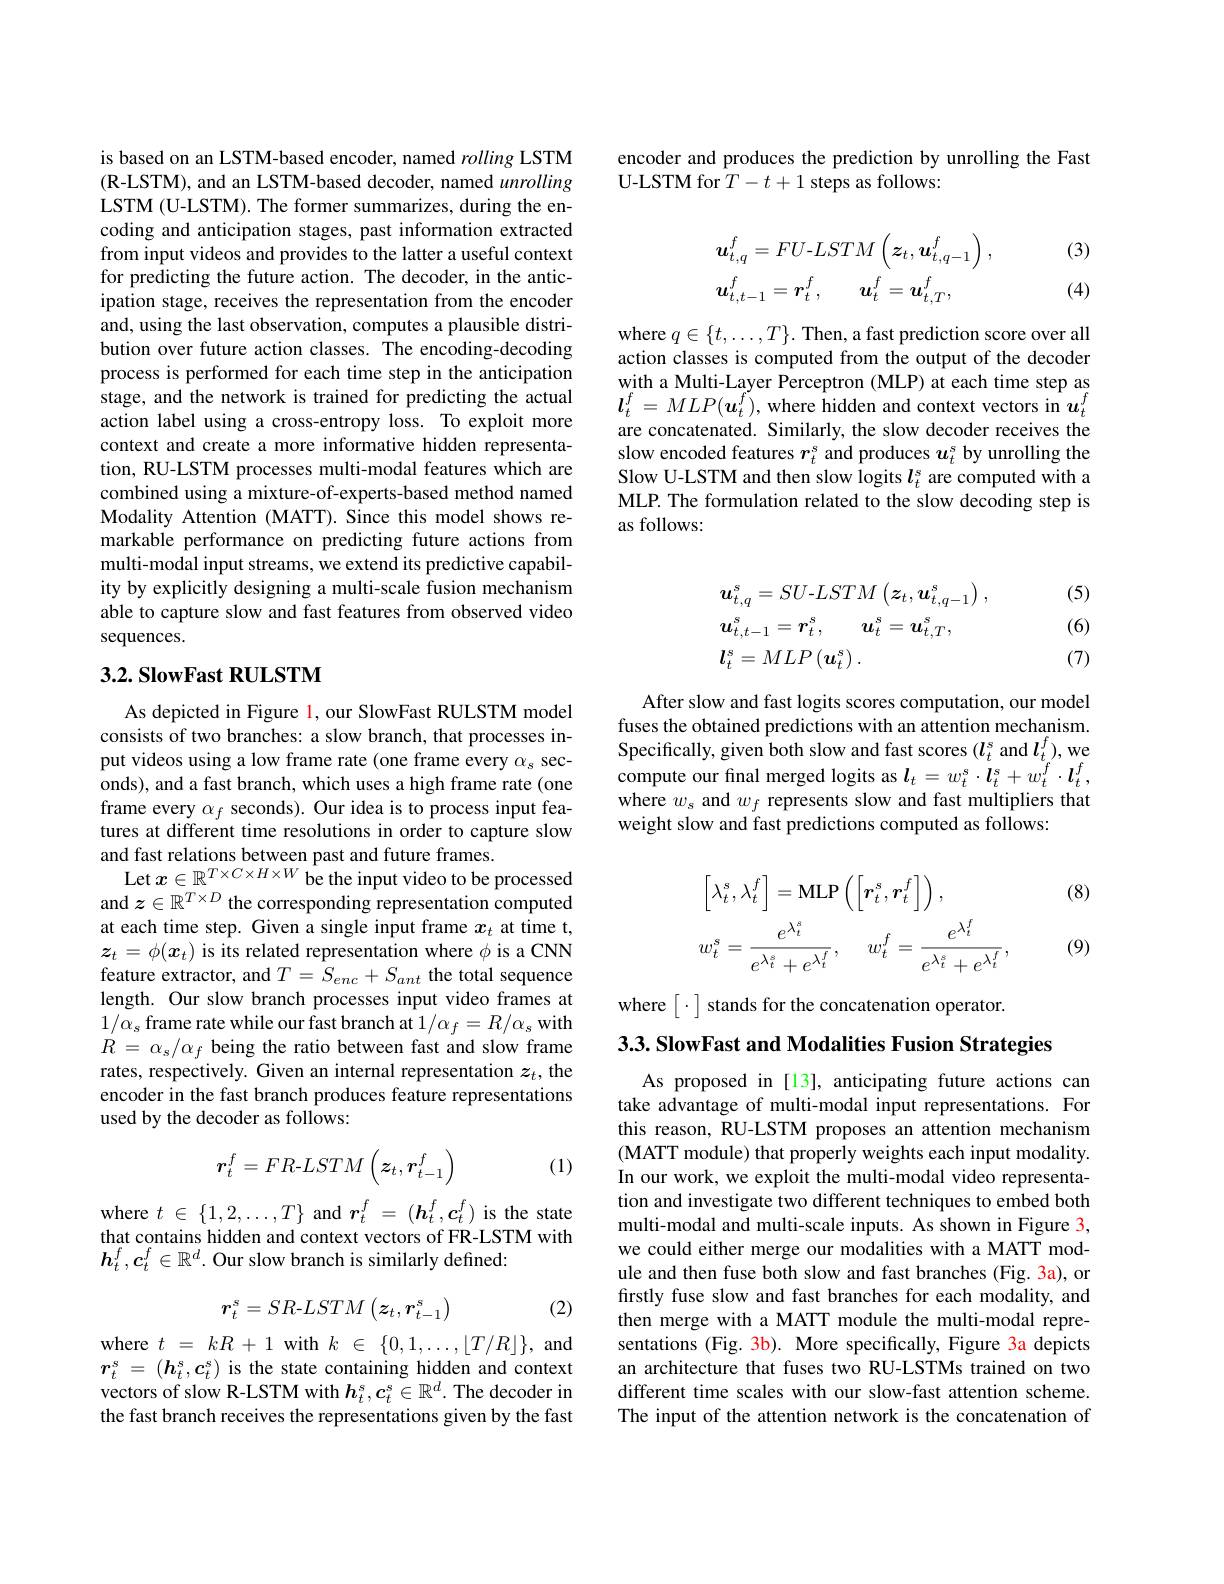
is based on an LSTM-based encoder, named rolling LSTM (R-LSTM), and an LSTM-based decoder, named unrolling LSTM (U-LSTM). The former summarizes, during the encoding and anticipation stages, past information extracted from input videos and provides to the latter a useful context for predicting the future action. The decoder, in the anticipation stage, receives the representation from the encoder and, using the last observation, computes a plausible distribution over future action classes. The encoding-decoding process is performed for each time step in the anticipation stage, and the network is trained for predicting the actual action label using a cross-entropy loss. To exploit more context and create a more informative hidden representation, RU-LSTM processes multi-modal features which are combined using a mixture-of-experts-based method named Modality Attention (MATT). Since this model shows remarkable performance on predicting future actions from multi-modal input streams, we extend its predictive capability by explicitly designing a multi-scale fusion mechanism able to capture slow and fast features from observed video sequences.

## $3. 2. \textbf{SlowFast RULSTM}$

As depicted in Figure l, our SlowFast RULSTM model consists of two branches: a slow branch, that processes input videos using a low frame rate (one frame every $\alpha_s$ seconds), and a fast branch, which uses a high frame rate (one frame every $\alpha_f$ seconds). Our idea is to process input features at different time resolutions in order to capture slow and fast relations between past and future frames.
Let $x\in\mathbb{R}^T\times C\times H\times W$ be the input video to be processed and $z\in\mathbb{R}^{T\times D}$ the corresponding representation computed at each time step. Given a single input frame $x_t$ at time t, $z_t=\phi(\boldsymbol{x}_t)$ is its related representation where $\phi$ is a CNN feature extractor, and $T=\bar{S}_{enc}+S_{ant}$ the total sequence length. Our slow branch processes input video frames at $1/\alpha_{s}$ frame rate while our fast branch at $1/\alpha_f=R/\alpha_s$ with $R=\alpha_{s}/\alpha_{f}$ being the ratio between fast and slow frame rates, respectively. Given an internal representation $z_t$, the encoder in the fast branch produces feature representations used by the decoder as follows:
$$\boldsymbol{r}_t^f=FR\text{-}LSTM\begin{pmatrix}\boldsymbol{z}_t,\boldsymbol{r}_{t-1}^f\end{pmatrix}$$
(1)

where $t\in\{1,2,\ldots,T\}$ and $\boldsymbol{r}_t^f=(\boldsymbol{h}_t^f,\boldsymbol{c}_t^f)$ is the state that contains hidden and context vectors of FR-LSTM with $\boldsymbol{h}_t^f,\boldsymbol{c}_t^f\in\mathbb{R}^d.$ Our slow branch is similarly defined:

(2)
$$r_t^s=SR\text{-}LSTM\begin{pmatrix}z_t,r_{t-1}^s\end{pmatrix}$$
where $t$ = $kR$ + 1 with $k$ $\in$ $\{ 0, 1, \ldots , [ T/ R] \} $,and $\boldsymbol{r}_t^s$ = $( \boldsymbol{h}_t^s, \boldsymbol{c}_t^s)$ is the state containing hidden and context vectors of slow R-LSTM with $\boldsymbol h_t^s,\boldsymbol{c}_t^s\in\mathbb{R}^d.$ The decoder in the fast branch receives the representations given by the fast

encoder and produces the prediction by unrolling the Fast
U-LSTM for $\hat{T}-t+1$ steps as follows:

(3)
$$\begin{aligned}&\boldsymbol{u}_{t,q}^{f}=FU-LSTM\left(\boldsymbol{z}_{t},\boldsymbol{u}_{t,q-1}^{f}\right),\\&\boldsymbol{u}_{t,t-1}^{f}=\boldsymbol{r}_{t}^{f},\quad\boldsymbol{u}_{t}^{f}=\boldsymbol{u}_{t,T}^{f},\end{aligned}$$
(4)

where $q\in\{t,\ldots,T\}.$ Then, a fast prediction score over all action classes is computed from the output of the decoder with a Multi-Layer Perceptron (MLP) at each time step as $\boldsymbol{l}_{t}^{f}=MLP(\boldsymbol{u}_{t}^{f})$, where hidden and context vectors in $\boldsymbol u_{t}^{f}$ are concatenated. Similarly, the slow decoder receives the slow encoded features $r_t^\mathrm{s}$ and produces $u_t^\mathrm{s}$ by unrolling the Slow U-LSTM and then slow logits $l_t^{s}$ are computed with a MLP. The formulation related to the slow decoding step is as follows:

(5)
$$\begin{aligned}&u_{t,q}^{s}=SU-LSTM\left(\boldsymbol{z}_{t},\boldsymbol{u}_{t,q-1}^{s}\right),\\&\boldsymbol{u}_{t,t-1}^{s}=\boldsymbol{r}_{t}^{s},\quad\boldsymbol{u}_{t}^{s}=\boldsymbol{u}_{t,T}^{s},\\&\boldsymbol{l}_{t}^{s}=MLP\left(\boldsymbol{u}_{t}^{s}\right).\end{aligned}$$
(6) (7)

After slow and fast logits scores computation, our model fuses the obtained predictions with an attention mechanism. Specifically, given both slow and fast scores $(\boldsymbol l_t^s$ and $\boldsymbol l_t^f)$,we compute our final merged logits as $l_t=w_t^s\cdot\boldsymbol{l}_t^s+w_t^f\cdot\boldsymbol{l}_t^f$, where $w_s$ and $w_f$ represents slow and fast multipliers that weight slow and fast predictions computed as follows:

(8)
$$\begin{aligned}&\left[\lambda_{t}^{s},\lambda_{t}^{f}\right]=\mathrm{MLP}\left(\left[\boldsymbol{r}_{t}^{s},\boldsymbol{r}_{t}^{f}\right]\right),\\&w_{t}^{s}=\frac{e^{\lambda_{t}^{s}}}{e^{\lambda_{t}^{s}}+e^{\lambda_{t}^{f}}},\quad w_{t}^{f}=\frac{e^{\lambda_{t}^{f}}}{e^{\lambda_{t}^{s}}+e^{\lambda_{t}^{f}}},\end{aligned}$$
(9)

where $\left[\cdot\right]$ stands for the concatenation operator.

3.3. SlowFast and Modalities Fusion Strategies

As proposed in [13], anticipating future actions can take advantage of multi-modal input representations. For this reason, RU-LSTM proposes an attention mechanism $({\mathrm{MATT~module)~that~properly~weights~each~input~modality.}}$ In our work, we exploit the multi-modal video representation and investigate two different techniques to embed both multi-modal and multi-scale inputs. As shown in Figure 3, we could either merge our modalities with a MATT module and then fuse both slow and fast branches (Fig. 3a), or firstly fuse slow and fast branches for each modality, and then merge with a MATT module the multi-modal representations (Fig. 3b). More specifically, Figure 3a depicts an architecture that fuses two RU-LSTMs trained on two different time scales with our slow-fast attention scheme. The input of the attention network is the concatenation of